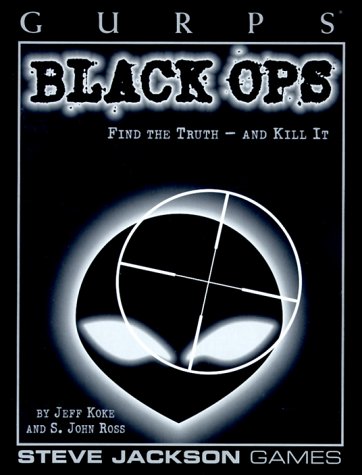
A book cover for GURPS Black Ops (GURPS: Generic Universal Role Playing System); Jeff Koke; Science Fiction & Fantasy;